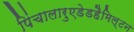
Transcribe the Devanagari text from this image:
पिंचालारुएडेडहैमिल्टन